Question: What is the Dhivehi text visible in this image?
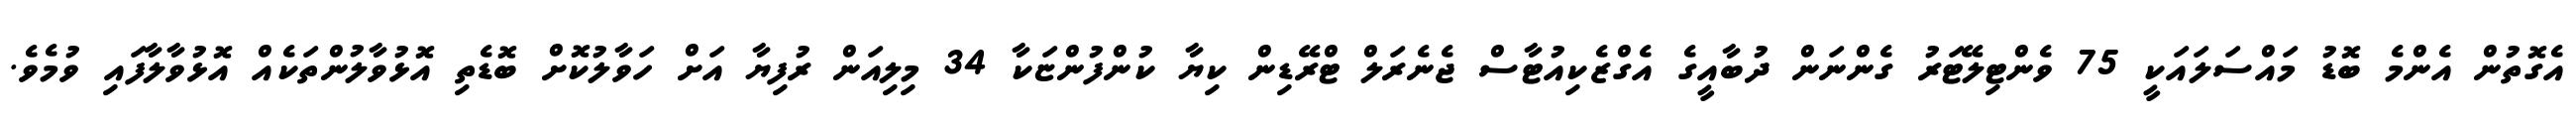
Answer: އެގޮތުން އެންމެ ބޮޑު މައްސަލައަކީ 75 ވެންޓިލޭޓަރު ގެންނަން ދުބާއީގެ އެގްޒެކިއުޓާސް ޖެނެރަލް ޓްރޭޑިން ކިޔާ ކުންފުންޏަކާ 34 މިލިއަން ރުފިޔާ އަށް ހަވާލުކޮށް ބޮޑެތި އޮޅުވާލުންތަކެއް އޮޅުވާލާފައި ވުމެވެ.